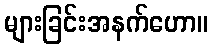
များခြင်းအနက်ဟော။